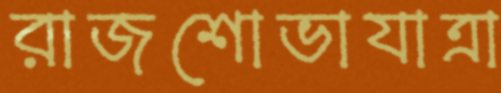
রাজশোভাযাত্রা